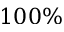
1 0 0 \%